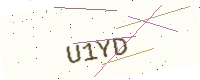
Text: U1YD